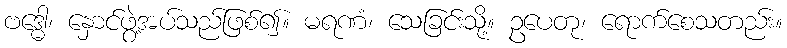
ဗဒ္ဓေါ၊ နှောင်ဖွဲ့အပ်သည်ဖြစ်၍။ မရဏံ၊ သေခြင်းသို့။ ဥပေတု၊ ရောက်စေသတည်း။